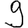
Digit: 9